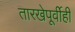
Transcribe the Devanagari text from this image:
तारखेपूर्वीही